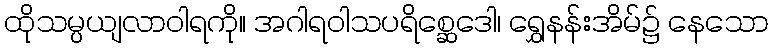
ထိုသမ္ပယျလာဝါရကို။ အဂါရဝါသပရိစ္ဆေဒေါ၊ ရွှေနန်းအိမ်၌ နေသော